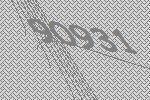
90931